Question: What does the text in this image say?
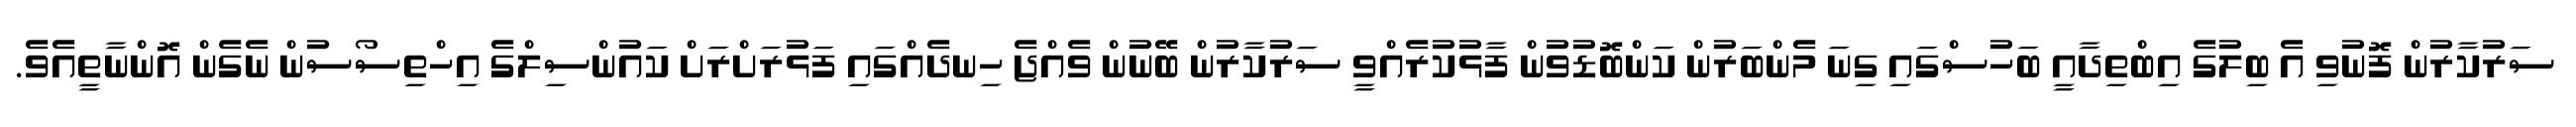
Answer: ސަރުކާރުން ފޮނުވި އެ ބިލުގެ އިބްތިދާއީ ބަހުސްގައި ގިނަ މެންބަރުން ކަންބޮޑުވުން ފާޅުކުރެއްވީ ސަރުކާރުން ބޭނުން ވެއްޖެ ހިނދެއްގައި ފަޅުރަށްރަށް ކައުންސިލްގެ އިހްތިސޯސުން ނެގެން އޮންނާތީއެވެ.